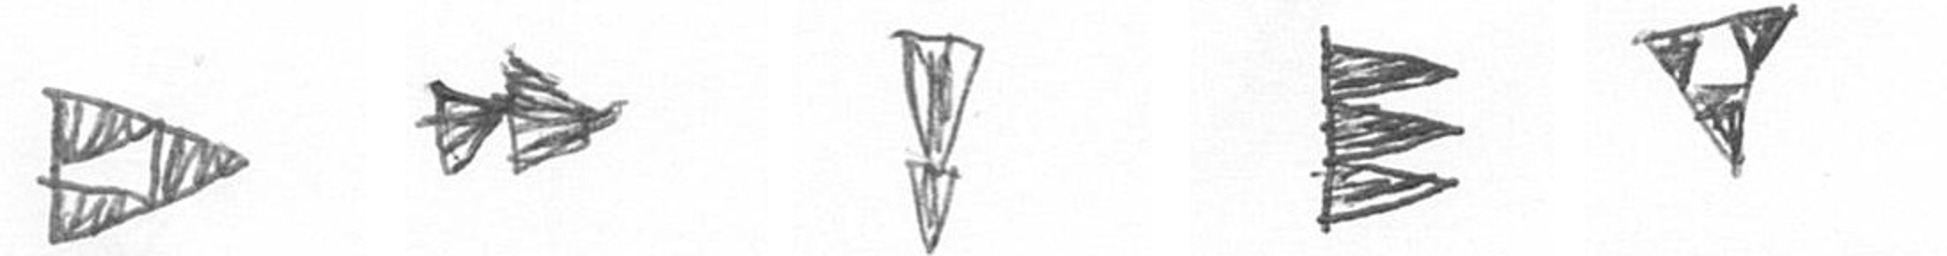
K A Z H S